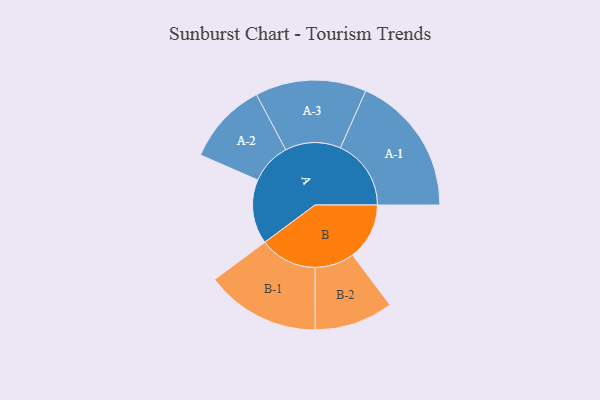
{"axis": {"x": "Segment", "y": "Value"}, "legend": ["", "A", "B"], "data": [{"x": "A", "y": 255, "type": ""}, {"x": "B", "y": 225, "type": ""}, {"x": "A-1", "y": 280, "type": "A"}, {"x": "A-2", "y": 163, "type": "A"}, {"x": "A-3", "y": 220, "type": "A"}, {"x": "B-1", "y": 227, "type": "B"}, {"x": "B-2", "y": 156, "type": "B"}]}